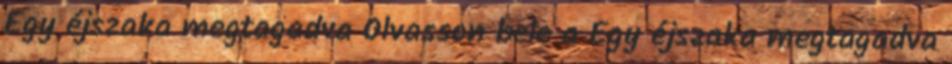
Egy éjszaka megtagadva Olvasson bele a Egy éjszaka megtagadva